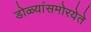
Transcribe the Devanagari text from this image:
डोळ्यांसमोरयेते